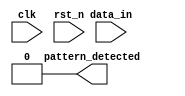
module dual_ff_detector (
    input wire clk,                // Clock signal
    input wire rst_n,              // Active low reset signal
    input wire data_in,            // Input data stream
    output reg pattern_detected     // Output signal indicating pattern detection
);

    // Parameters for the pattern to be detected
    parameter PATTERN = 2'b11;     // Example pattern (can be modified)
    
    // Internal signals
    reg ff1, ff2;                  // Outputs of the two flip-flops

    // Flip-flop behavior
    always @(posedge clk or negedge rst_n) begin
        if (!rst_n) begin
            ff1 <= 1'b0;           // Reset ff1
            ff2 <= 1'b0;           // Reset ff2
            pattern_detected <= 1'b0; // Reset output
        end else begin
            ff1 <= data_in;        // Sample input data into ff1
            ff2 <= ff1;            // Sample ff1 output into ff2
        end
    end

    // Pattern detection logic
    always @(*) begin
        if (ff2 == PATTERN) begin
            pattern_detected = 1'b1; // Pattern detected
        end else begin
            pattern_detected = 1'b0; // No pattern detected
        end
    end

endmodule